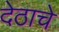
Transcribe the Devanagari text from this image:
देठाचे